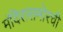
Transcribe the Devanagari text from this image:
मंदिरासमोरची